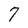
Character: 7